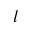
l